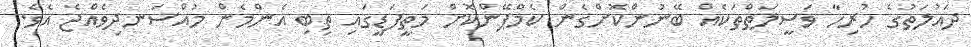
ދައުލަތުގެ ހުރިހާ ވަސީލަތްތަކެއް ބޭނުންކޮށްގެން ކެމްޕޭންކޮށް މަތީފަޑީގައި ތިބި އެންމެން މުއްސަނދިވެއްޖެ އެވެ.